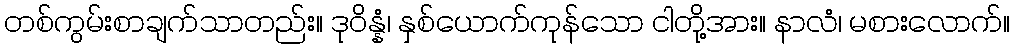
တစ်ကွမ်းစာချက်သာတည်း။ ဒုဝိန္နံ၊ နှစ်ယောက်ကုန်သော ငါတို့အား။ နာလံ၊ မစားလောက်။